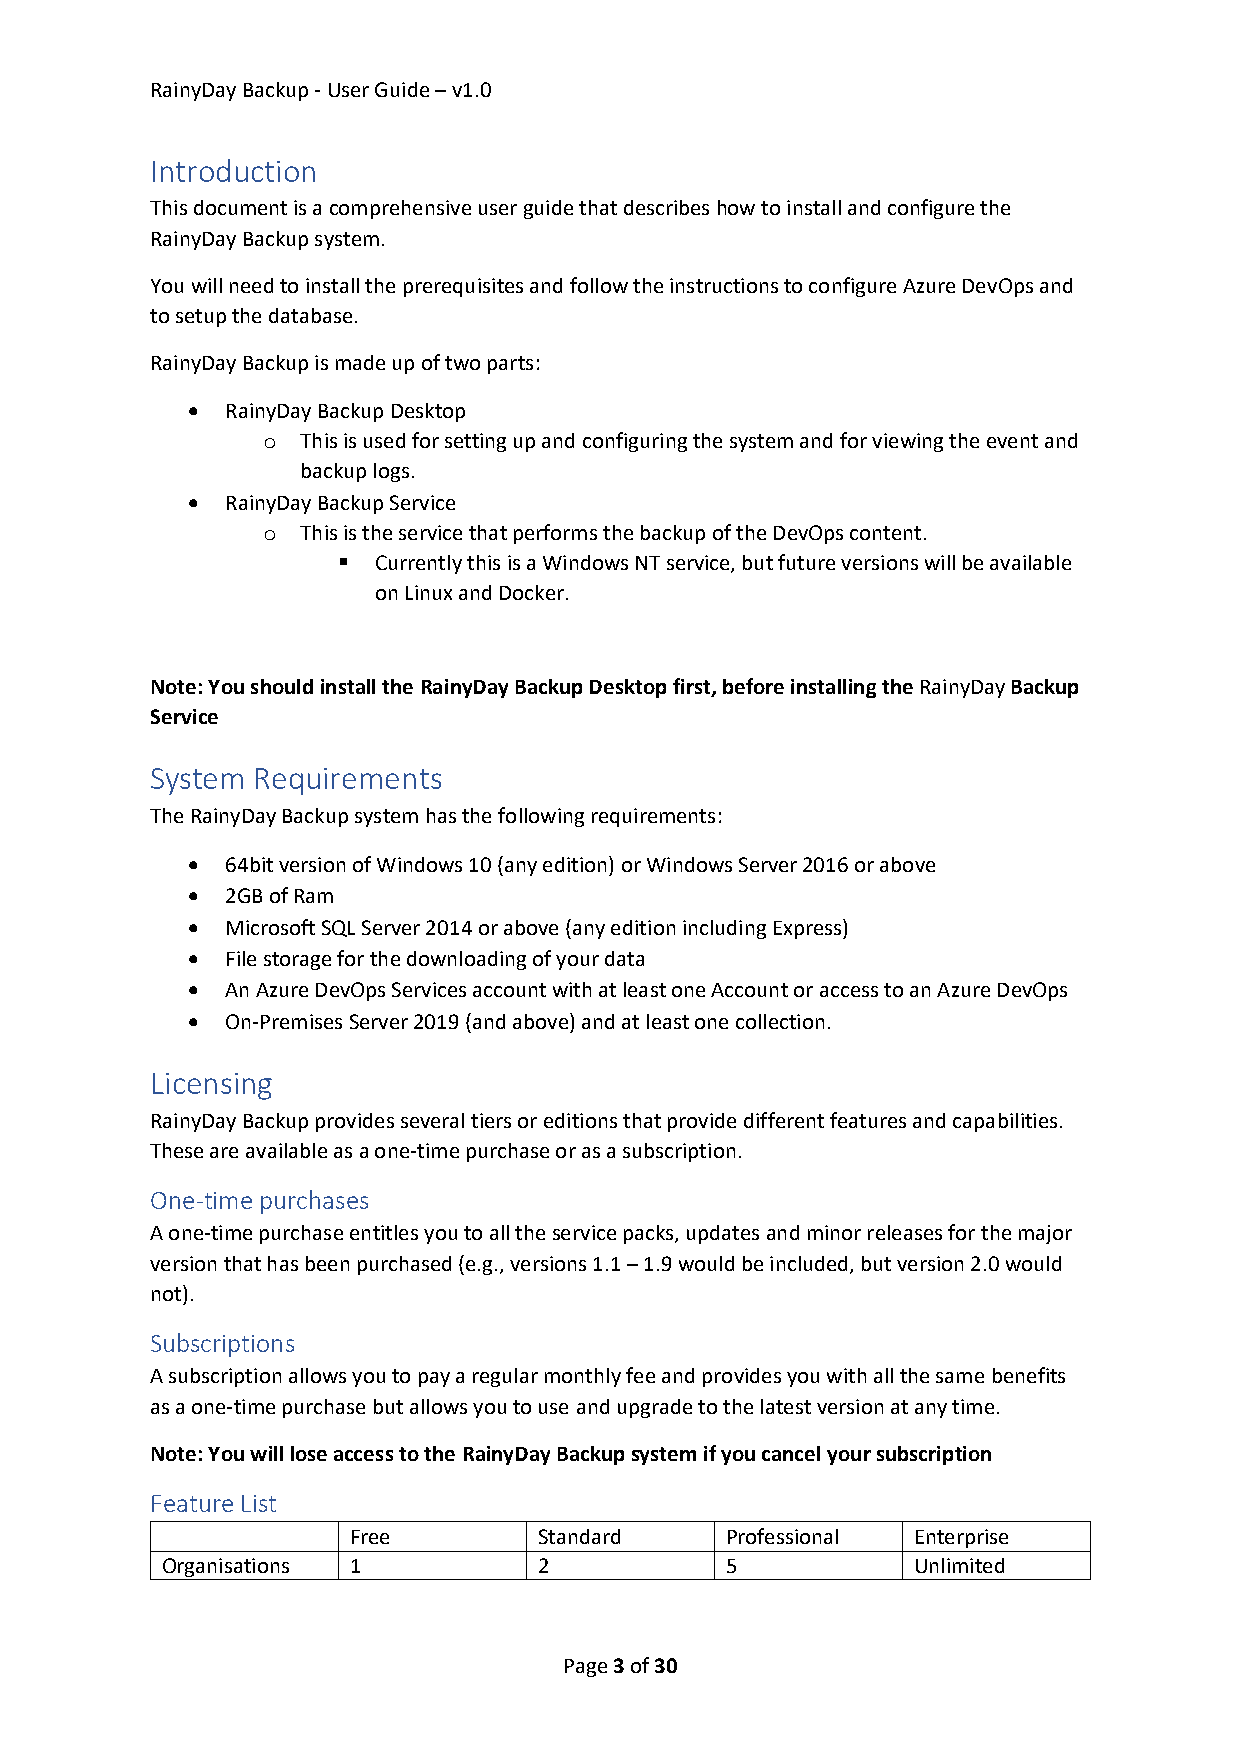
RainyDay Backup - User Guide – v1.0
 Introduction
 This document is a comprehensive user guide that describes how to install and configure the
 RainyDay Backup system.
 You will need to install the prerequisites and follow the instructions to configure Azure DevOps and
 to setup the database.
 RainyDay Backup is made up of two parts:
 •  RainyDay Backup Desktop
 o  This is used for setting up and configuring the system and for viewing the event and
 backup logs.
 •  RainyDay Backup Service
 o  This is the service that performs the backup of the DevOps content.
 ▪  Currently this is a Windows NT service, but future versions will be available
 on Linux and Docker.
 Note: You should install the RainyDay Backup Desktop first, before installing the RainyDay Backup
 Service
 System Requirements
 The RainyDay Backup system has the following requirements:
 •  64bit version of Windows 10 (any edition) or Windows Server 2016 or above
 •  2GB of Ram
 •  Microsoft SQL Server 2014 or above (any edition including Express)
 •  File storage for the downloading of your data
 •  An Azure DevOps Services account with at least one Account or access to an Azure DevOps
 •  On-Premises Server 2019 (and above) and at least one collection.
 Licensing
 RainyDay Backup provides several tiers or editions that provide different features and capabilities.
 These are available as a one-time purchase or as a subscription.
 One-time purchases
 A one-time purchase entitles you to all the service packs, updates and minor releases for the major
 version that has been purchased (e.g., versions 1.1 – 1.9 would be included, but version 2.0 would
 not).
 Subscriptions
 A subscription allows you to pay a regular monthly fee and provides you with all the same benefits
 as a one-time purchase but allows you to use and upgrade to the latest version at any time.
 Note: You will lose access to the RainyDay Backup system if you cancel your subscription
 Feature List
 Free         Standard    Professional Enterprise
 Organisations 1          2           5           Unlimited
 Page 3 of 30